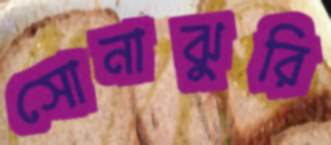
সোনাঝুরি